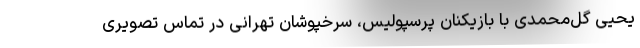
یحیی گل‌محمدی با بازیکنان پرسپولیس، سرخپوشان تهرانی در تماس تصویری